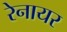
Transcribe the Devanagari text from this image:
रेनायर